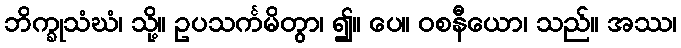
ဘိက္ခုသံဃံ၊ သို့။ ဥပသင်္ကမိတွာ၊ ၍။ ပေ။ ဝစနီယော၊ သည်။ အဿ၊